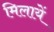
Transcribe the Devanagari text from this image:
मिलायें